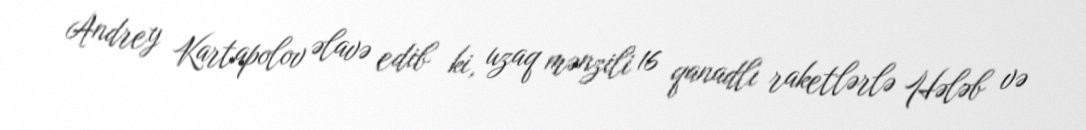
Andrey Kartapolov əlavə edib ki, uzaq mənzili 16 qanadlı raketlərlə Hələb və